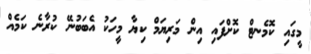
މީގައި ކޮމެނޓް ކޮށްފައި އިން މަރިޔަމް ކިޔާ މީހަކު އެބަބުނޭ ކުރާނެ ކަމެއް